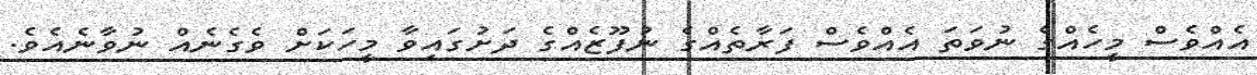
އެއްވެސް މީހެއްގެ ނުވަތަ އެއްވެސް ފަރާތެއްގެ ނުފޫޒެއްގެ ދަށުގައިވާ މީހަކަށް ވެގެނެއް ނުވާނެއެވެ.